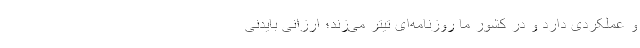
و عملکردی دارد و در کشور ما روزنامه‌ای تیتر می‌زند؛ ارزانی بایدنی